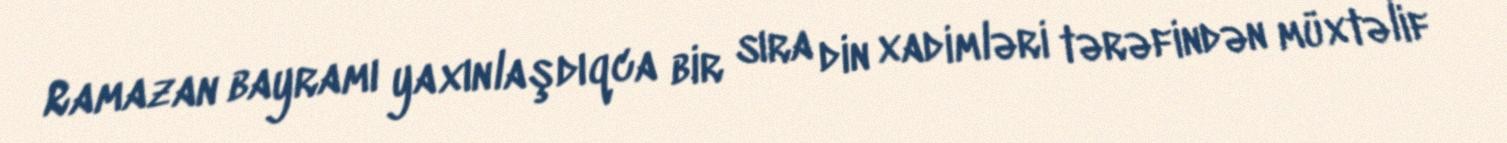
Ramazan bayramı yaxınlaşdıqca bir sıra din xadimləri tərəfindən müxtəlif